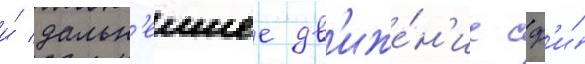
и́ дальн'еишее дв'иже́н'ие сф'и́